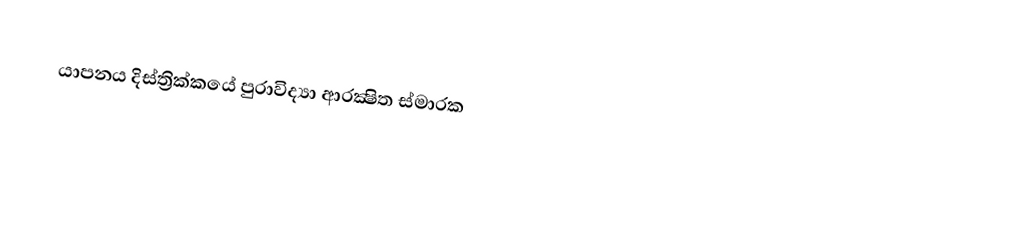
යාපනය දිස්ත්‍රික්කයේ පුරාවිද්‍යා ආරක්‍ෂිත ස්මාරක